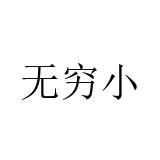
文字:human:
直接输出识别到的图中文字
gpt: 无穷小